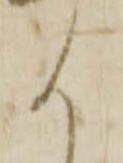
か